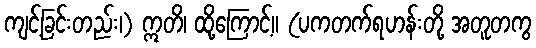
ကျင့်ခြင်းတည်း၊) ဣတိ၊ ထို့ကြောင့်။ (ပကတက်ရဟန်းတို့ အတူတကွ